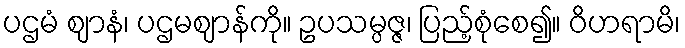
ပဌမံ ဈာနံ၊ ပဌမဈာန်ကို။ ဥပသမ္ပဇ္ဇ၊ ပြည့်စုံစေ၍။ ဝိဟရာမိ၊